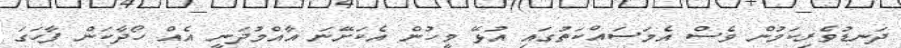
ދަނޑުވެރިކަމުން ވެސް އެމަސައްކަތުގައި އުޅޭ މީހުން އެކަށޭނަ އާއްމުދަނީ އެއް ހޯދާކަން ފާހަގަ